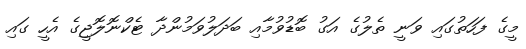
މީގެ ފަހަތުގައި ވަނީ ތެލުގެ އަގު ބޮޑުވުމާއި ބަދަލުވަމުންދާ ޓެކްނޮލޮޖީގެ އެހީ ގައި